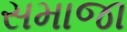
સમાજા